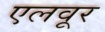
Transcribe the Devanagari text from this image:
एलवूर